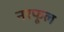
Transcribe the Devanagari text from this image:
नरफूल